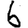
Digit: 6